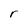
Character: r